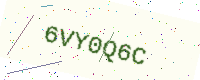
Text: 6VY0Q6C